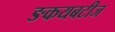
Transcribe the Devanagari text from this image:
ङकयबटीज